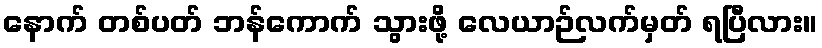
နောက် တစ်ပတ် ဘန်ကောက် သွားဖို့ လေယာဉ်လက်မှတ် ရပြီလား။